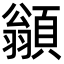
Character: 𩔚